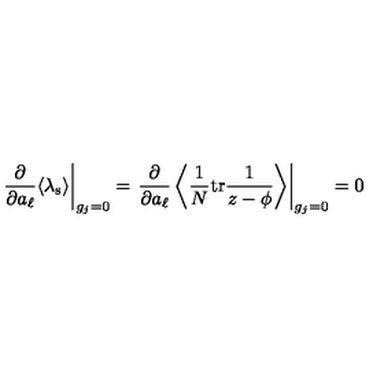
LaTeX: \left. \frac { \partial } { \partial a _ { \ell } } \langle \lambda _ { \mathrm { s } } \rangle \right| _ { g _ { j } = 0 } = \left. \frac { \partial } { \partial a _ { \ell } } \left\langle \frac 1 N \mathrm { t r } \frac { 1 } { z - \phi } \right\rangle \right| _ { g _ { j } = 0 } = 0